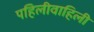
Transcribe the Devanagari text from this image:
पहिलीवाहिली